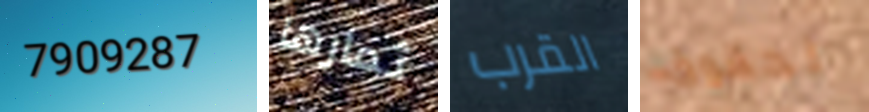
7909287 ثمارها القرب لحقوق